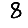
Digit: 8